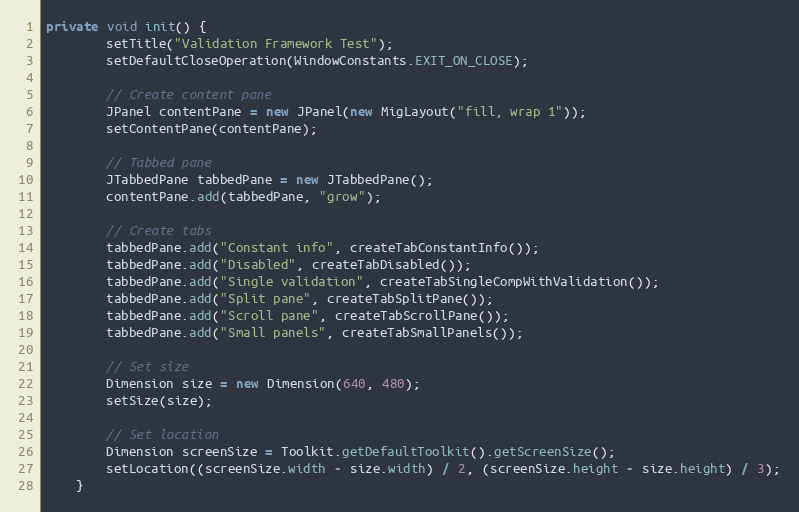
Language: Java
private void init() {
        setTitle("Validation Framework Test");
        setDefaultCloseOperation(WindowConstants.EXIT_ON_CLOSE);

        // Create content pane
        JPanel contentPane = new JPanel(new MigLayout("fill, wrap 1"));
        setContentPane(contentPane);

        // Tabbed pane
        JTabbedPane tabbedPane = new JTabbedPane();
        contentPane.add(tabbedPane, "grow");

        // Create tabs
        tabbedPane.add("Constant info", createTabConstantInfo());
        tabbedPane.add("Disabled", createTabDisabled());
        tabbedPane.add("Single validation", createTabSingleCompWithValidation());
        tabbedPane.add("Split pane", createTabSplitPane());
        tabbedPane.add("Scroll pane", createTabScrollPane());
        tabbedPane.add("Small panels", createTabSmallPanels());

        // Set size
        Dimension size = new Dimension(640, 480);
        setSize(size);

        // Set location
        Dimension screenSize = Toolkit.getDefaultToolkit().getScreenSize();
        setLocation((screenSize.width - size.width) / 2, (screenSize.height - size.height) / 3);
    }